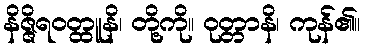
နိဇ္ဇိရဝတ္ထူနိ၊ တို့ကို။ ဝုတ္တာနိ၊ ကုန်၏။